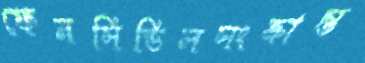
ফেনসিডিলসংক্রান্ত